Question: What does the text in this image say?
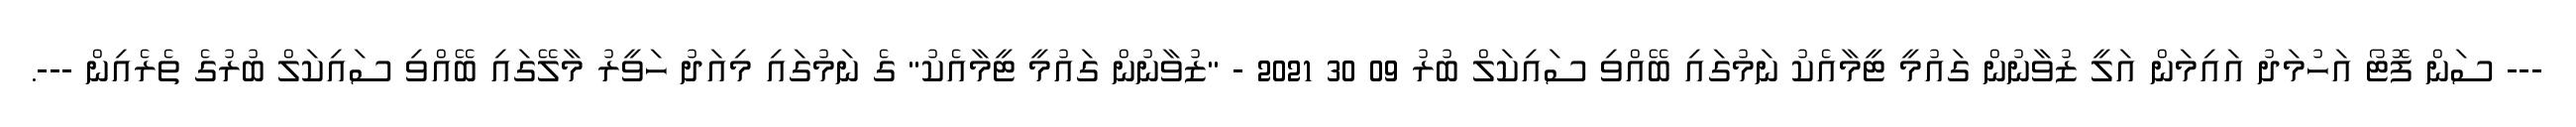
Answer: --- ސަން ފޮޓޯ އަހުމަދު އައިމަން އަލީ ޒުވާނުން ގައުމީ ޓީމާއެކު ނަމުގައި ބޭއްވި ސައިކަލް ބުރު 09 30 2021 - "ޒުވާނުން ގައުމީ ޓީމާއެކު" ގެ ނަމުގައި މިއަދު ހަވީރު މާލޭގައި ބޭއްވި ސައިކަލް ބުރުގެ ތެރެއިން ---.